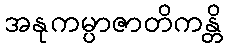
အနုကမ္ပာဇာတိကန္တိ